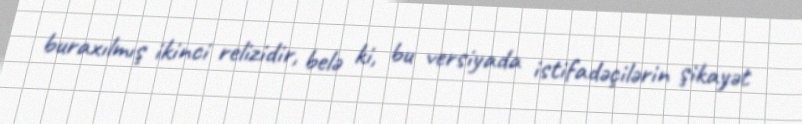
buraxılmış ikinci relizidir, belə ki, bu versiyada istifadəçilərin şikayət